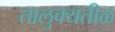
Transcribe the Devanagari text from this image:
तालुक्यतीळ